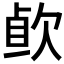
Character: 𰙐